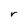
Character: r